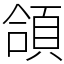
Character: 頜